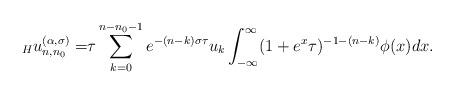
LaTeX: \begin{align*}\begin{aligned}{}_Hu_{n,n_0}^{(\alpha,\sigma)} =&\tau\sum_{k=0}^{n-n_0-1}{e^{-(n-k)\sigma\tau}}u_{k}\int_{-\infty}^{\infty} (1+e^x\tau)^{-1-(n-k)} \phi(x)dx.\end{aligned}\end{align*}